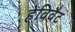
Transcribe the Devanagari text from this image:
हेविवैट